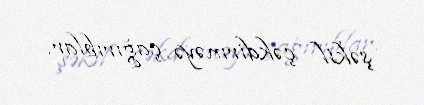
şəkil çəkdirməyə çağırıblar.